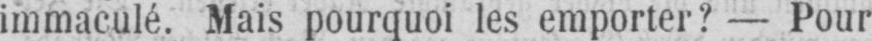
immaculé. Mais pourquoi les emporter? - Pour